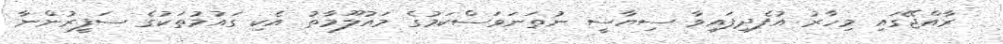
ރާއްޖޭގައި މިހާރު އުފެދިފައިވާ ސިޔާސީ ނުތަނަވަސްކަމުގެ މައުލޫމާތު އެކި ގައުމުތަކުގެ ސަފީރުންނާ